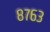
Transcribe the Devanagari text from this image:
८७६३